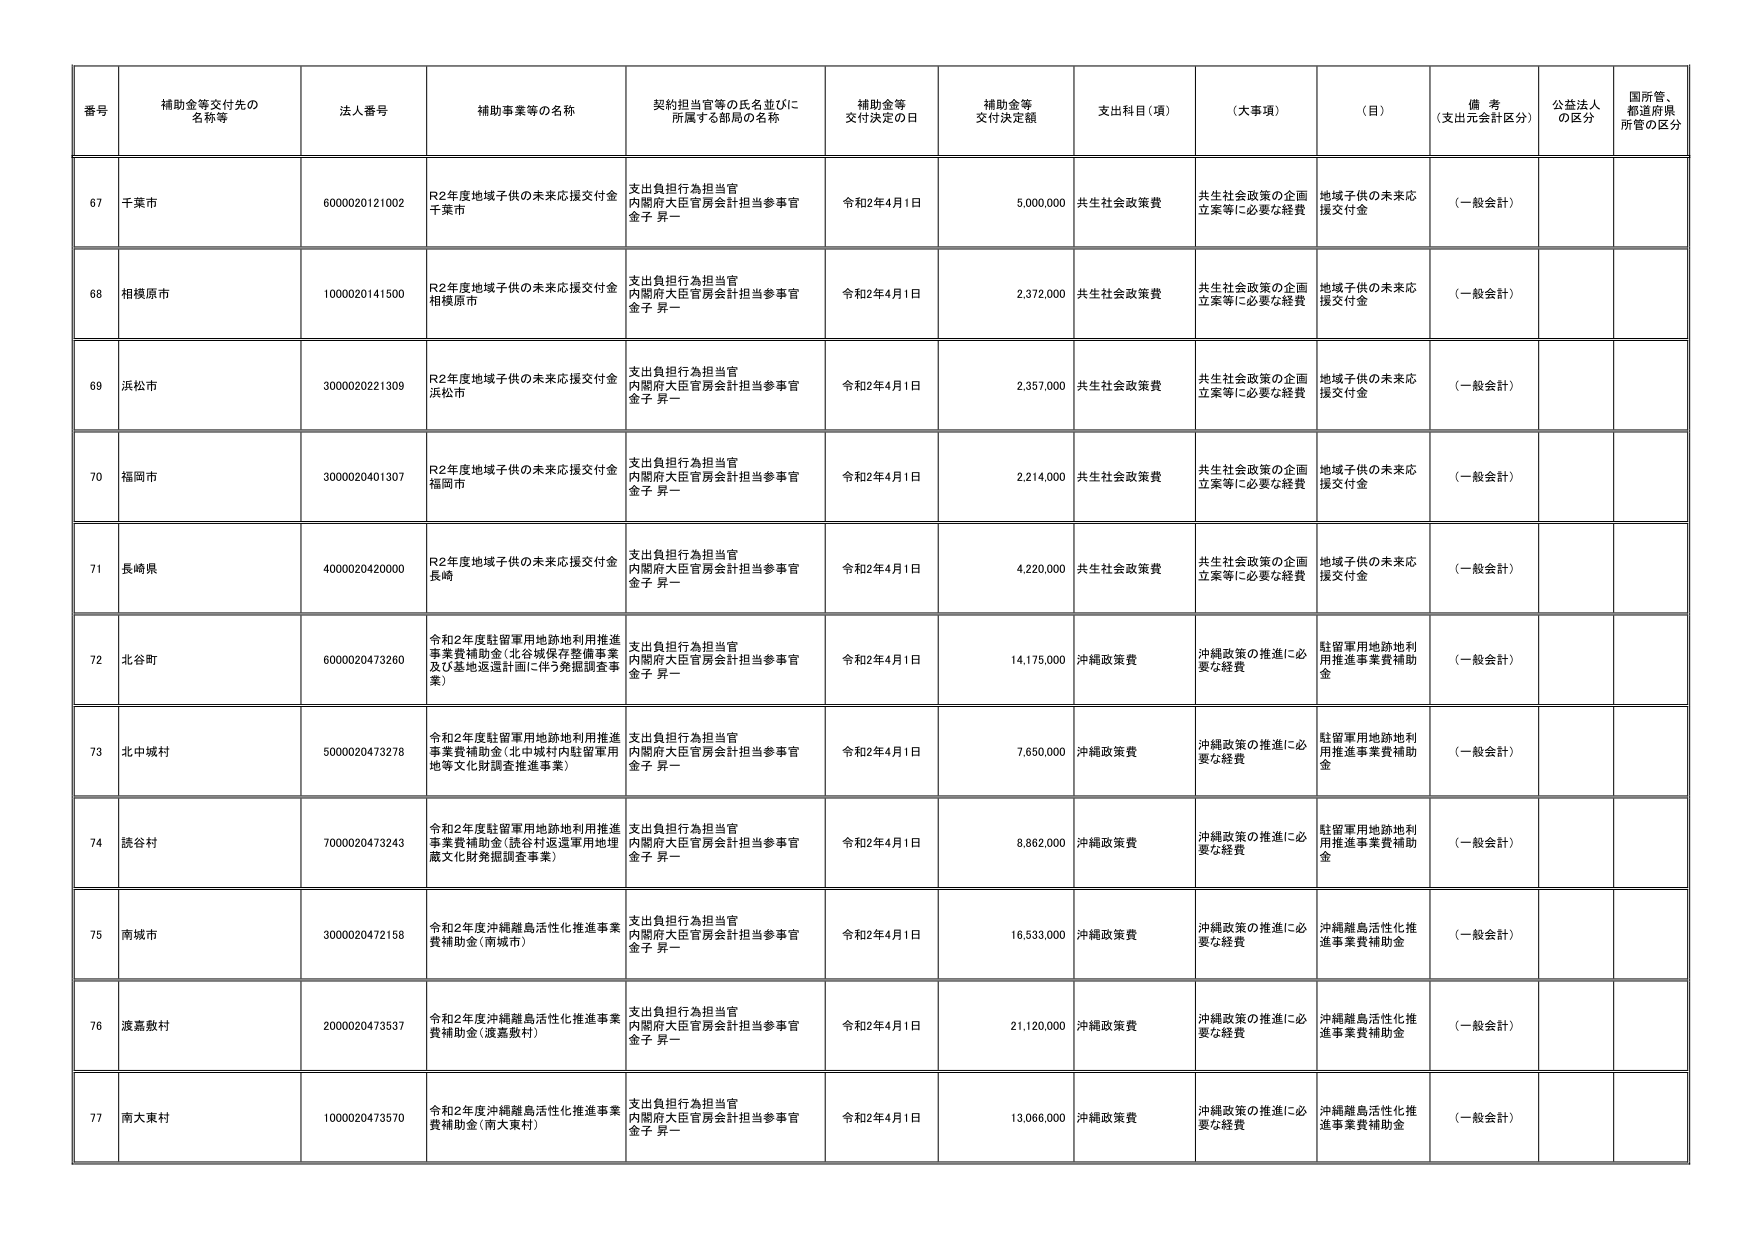
番号 補助金等交付先の名称等 法人番号 補助事業等の名称 契約担当官等の氏名並びに所属する部局の名称 補助金等交付決定の日 補助金等交付決定額 支出科目（項） （大事項） （目） 備考（支出元会計区分） 公益法人の区分 国所管、都道府県所管の区分

67 千葉市 6000020121002 R2年度地域子供の未来応援交付金 千葉市 支出負担行為担当官 内閣府大臣官房会計担当参事官 金子 昇一 令和2年4月1日 5,000,000 共生社会政策費 共生社会政策の企画立案等に必要な経費 地域子供の未来応援交付金 （一般会計）

68 相模原市 1000020141500 R2年度地域子供の未来応援交付金 相模原市 支出負担行為担当官 内閣府大臣官房会計担当参事官 金子 昇一 令和2年4月1日 2,372,000 共生社会政策費 共生社会政策の企画立案等に必要な経費 地域子供の未来応援交付金 （一般会計）

69 浜松市 3000020221309 R2年度地域子供の未来応援交付金 浜松市 支出負担行為担当官 内閣府大臣官房会計担当参事官 金子 昇一 令和2年4月1日 2,357,000 共生社会政策費 共生社会政策の企画立案等に必要な経費 地域子供の未来応援交付金 （一般会計）

70 福岡市 3000020401307 R2年度地域子供の未来応援交付金 福岡市 支出負担行為担当官 内閣府大臣官房会計担当参事官 金子 昇一 令和2年4月1日 2,214,000 共生社会政策費 共生社会政策の企画立案等に必要な経費 地域子供の未来応援交付金 （一般会計）

71 長崎県 4000020420000 R2年度地域子供の未来応援交付金 長崎 支出負担行為担当官 内閣府大臣官房会計担当参事官 金子 昇一 令和2年4月1日 4,220,000 共生社会政策費 共生社会政策の企画立案等に必要な経費 地域子供の未来応援交付金 （一般会計）

72 北谷町 6000020473260 令和2年度駐留軍用地跡地利用推進事業費補助金（北谷城保存整備事業及び基地返還計画に伴う発掘調査事業） 支出負担行為担当官 内閣府大臣官房会計担当参事官 金子 昇一 令和2年4月1日 14,175,000 沖縄政策費 沖縄政策の推進に必要な経費 駐留軍用地跡地利用推進事業費補助金 （一般会計）

73 北中城村 5000020473278 令和2年度駐留軍用地跡地利用推進事業費補助金（北中城村内駐留軍用地等文化財調査推進事業） 支出負担行為担当官 内閣府大臣官房会計担当参事官 金子 昇一 令和2年4月1日 7,650,000 沖縄政策費 沖縄政策の推進に必要な経費 駐留軍用地跡地利用推進事業費補助金 （一般会計）

74 読谷村 7000020473243 令和2年度駐留軍用地跡地利用推進事業費補助金（読谷村返還軍用地埋蔵文化財発掘調査事業） 支出負担行為担当官 内閣府大臣官房会計担当参事官 金子 昇一 令和2年4月1日 8,862,000 沖縄政策費 沖縄政策の推進に必要な経費 駐留軍用地跡地利用推進事業費補助金 （一般会計）

75 南城市 3000020472158 令和2年度沖縄離島活性化推進事業費補助金（南城市） 支出負担行為担当官 内閣府大臣官房会計担当参事官 金子 昇一 令和2年4月1日 16,533,000 沖縄政策費 沖縄政策の推進に必要な経費 沖縄離島活性化推進事業費補助金 （一般会計）

76 渡嘉敷村 2000020473537 令和2年度沖縄離島活性化推進事業費補助金（渡嘉敷村） 支出負担行為担当官 内閣府大臣官房会計担当参事官 金子 昇一 令和2年4月1日 21,120,000 沖縄政策費 沖縄政策の推進に必要な経費 沖縄離島活性化推進事業費補助金 （一般会計）

77 南大東村 1000020473570 令和2年度沖縄離島活性化推進事業費補助金（南大東村） 支出負担行為担当官 内閣府大臣官房会計担当参事官 金子 昇一 令和2年4月1日 13,066,000 沖縄政策費 沖縄政策の推進に必要な経費 沖縄離島活性化推進事業費補助金 （一般会計）